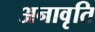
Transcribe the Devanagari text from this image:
अनावृति